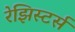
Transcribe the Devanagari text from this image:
रेझिस्टर्स